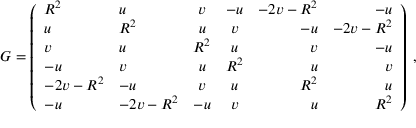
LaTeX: G = \left( \begin{array} { l l c c r r } { { R ^ { 2 } } } & { { u } } & { { v } } & { { - u } } & { { - 2 v - R ^ { 2 } } } & { { - u } } \\ { { u } } & { { R ^ { 2 } } } & { { u } } & { { v } } & { { - u } } & { { - 2 v - R ^ { 2 } } } \\ { { v } } & { { u } } & { { R ^ { 2 } } } & { { u } } & { { v } } & { { - u } } \\ { { - u } } & { { v } } & { { u } } & { { R ^ { 2 } } } & { { u } } & { { v } } \\ { { - 2 v - R ^ { 2 } } } & { { - u } } & { { v } } & { { u } } & { { R ^ { 2 } } } & { { u } } \\ { { - u } } & { { - 2 v - R ^ { 2 } } } & { { - u } } & { { v } } & { { u } } & { { R ^ { 2 } } } \end{array} \right) \; ,